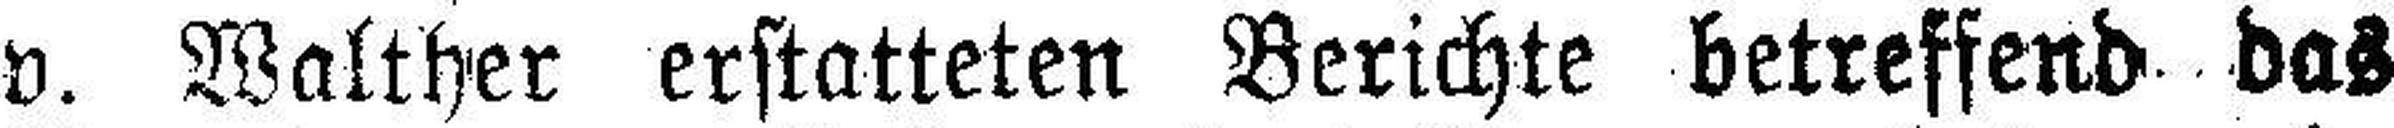
v. Walther erstatteten Berichte betreffend das